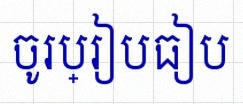
ចូរប្រៀបធៀប